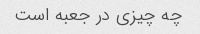
چه چیزی در جعبه است